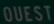
Quest